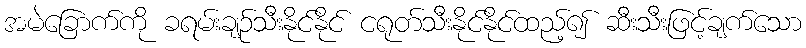
အမဲခြောက်ကို ခရမ်းချဉ်သီးနိုင်နိုင် ငရုတ်သီးနိုင်နိုင်ထည့်၍ ဆီးသီးဖြင့်ချက်သော